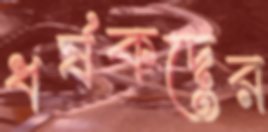
ধর্ষকদের